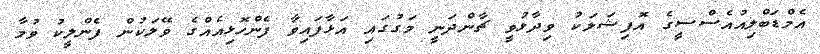
އެމްޑަބްލިއުއެސްސީގެ އޮފިޝަލަކު ވިދާޅުވީ ޗާންދަނީ މަގުގައި އަޅާފައިވާ ފެންހޮޅިއެއްގެ ވޭލަކުން ފެންލީކު ވުމާ